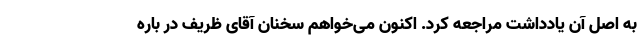
به اصل آن یادداشت مراجعه کرد. اکنون می‌خواهم سخنان آقای ظریف در باره